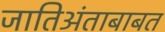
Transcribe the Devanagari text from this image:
जातिअंताबाबत